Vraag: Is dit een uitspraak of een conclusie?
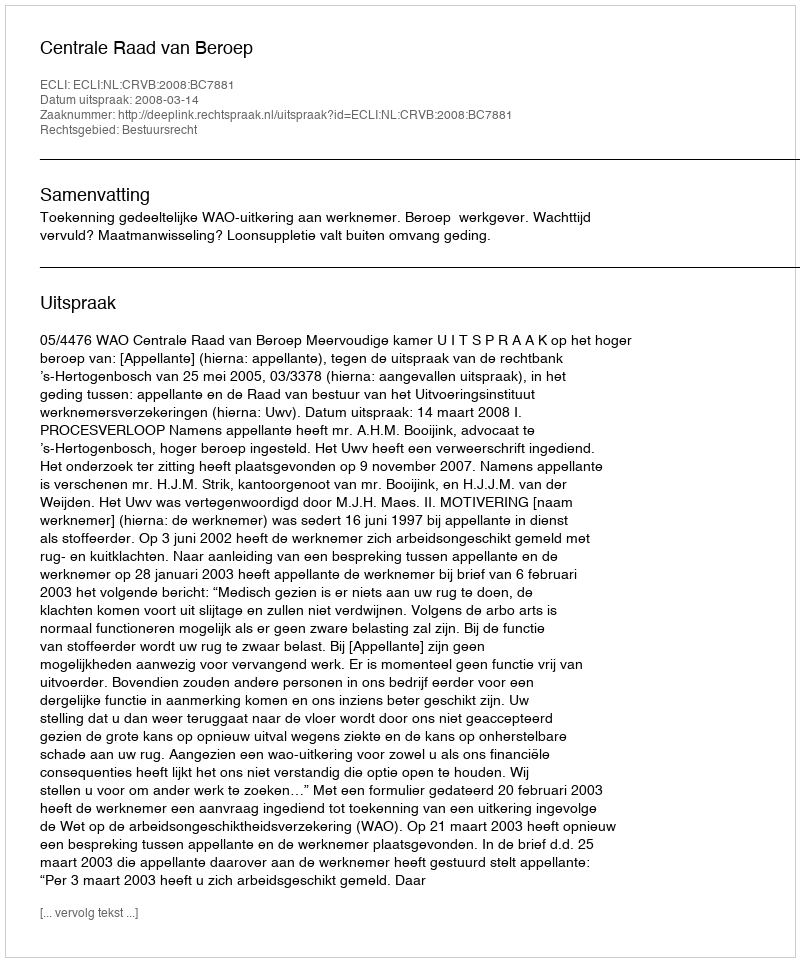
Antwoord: Uitspraak